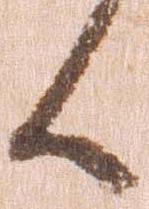
候